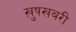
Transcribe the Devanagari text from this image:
ख़ुषखबरी